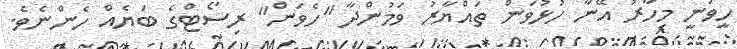
ހީވަނީ މިހާރު އޭނާ ހުޅުވަން ތައްޔާރު ވަމުންދާ "ހެވަން" ރިސޯޓްގެ ބަޔެއް ހެންނެވެ.